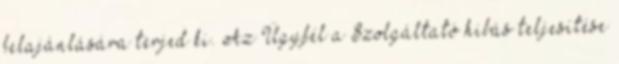
felajánlására terjed ki. Az Ügyfél a Szolgáltató hibás teljesítése